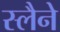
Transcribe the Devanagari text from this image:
स्लैने